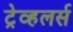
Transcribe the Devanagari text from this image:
ट्रेव्हलर्स